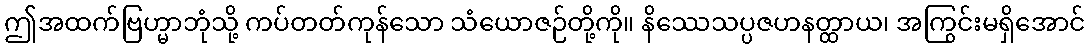
ဤအထက်ဗြဟ္မာဘုံသို့ ကပ်တတ်ကုန်သော သံယောဇဉ်တို့ကို။ နိဿေသပ္ပဇဟနတ္ထာယ၊ အကြွင်းမရှိအောင်